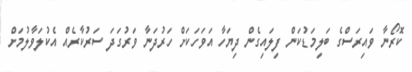
ކޮރޯނާ ވައިރަސްގެ ބަލިމަޑުކަން ފިލައިގެން ދިޔަހާ އަވަހަކަށް ހަރުދަނާ ވަރުގަދަ ސަރުކާރެއް އެކުލަވާލުމަށް